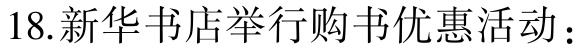
18.新华书店举行购书优惠活动：